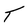
Character: T